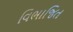
વિભાજિત